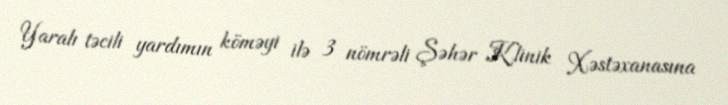
Yaralı təcili yardımın köməyi ilə 3 nömrəli Şəhər Klinik Xəstəxanasına